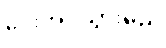
ပေးအပ်သွားမည်